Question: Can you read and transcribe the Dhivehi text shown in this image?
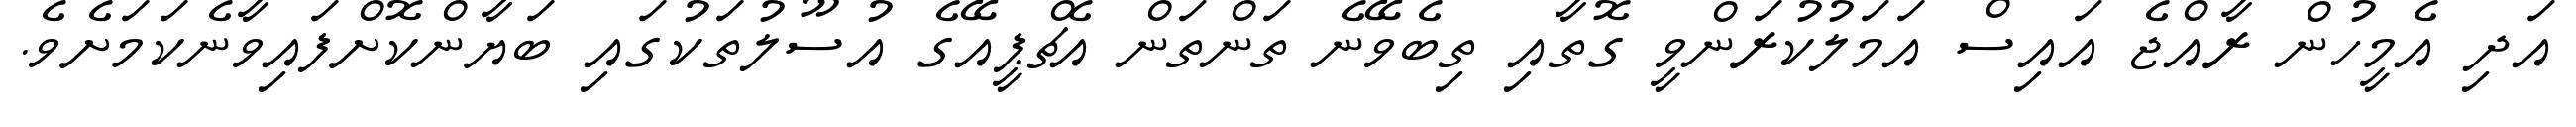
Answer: އަދި އެމީހުން ރާއްޖެ އައިސް އަމަލުކުރަންވީ ގޮތާއި ތިބެވޭނެ ތަންތަން އެޗްޕީއޭގެ އުސޫލުތަކުގައި ބަޔާންކޮށްފައިވާނެކަމަށެވެ.